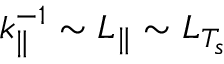
k _ { \parallel } ^ { - 1 } \sim L _ { \parallel } \sim L _ { T _ { s } }